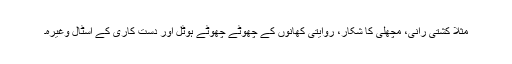
مثلاً کشتی رانی، مچھلی کا شکار، روایتی کھانوں کے چھوٹے چھوٹے ہوٹل اور دست کاری کے اسٹال وغیرہ۔